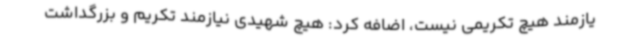
یازمند هیچ تکریمی نیست، اضافه کرد: هیچ شهیدی نیازمند تکریم و بزرگداشت